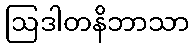
ဩဒါတနိဘာသာ